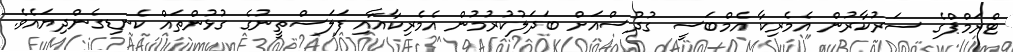
ޓްރަމްޕްގެ ސަރުކާރުން އެމެރިކާ އެމްބަސީ ގުދުސްއަށް ބަދަލުކުރުމުން އެމެރިކާއާއި ފަލަސްތީނުގެ ގުޅުންތައް ކެނޑިގެންދިޔައެވެ.